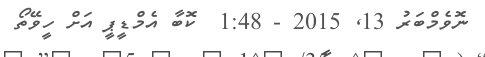
ނޮވެމްބަރު 13